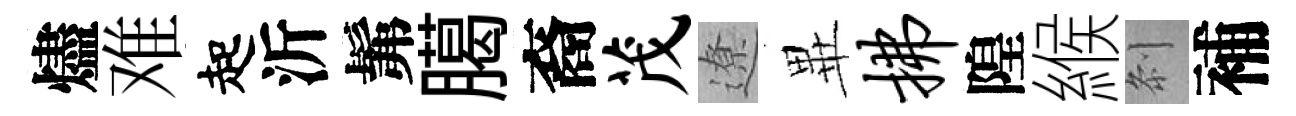
燼难起沂髴臈裔茂遼𭺾拂隍緱𠛴補